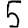
Digit: 5